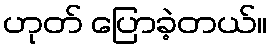
ဟုတ် ပြောခဲ့တယ်။